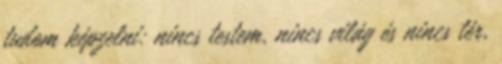
tudom képzelni: nincs testem, nincs világ és nincs tér,